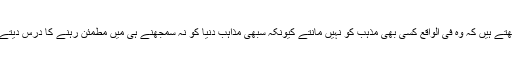
وہ لکھتے ہیں کہ وہ فی الواقع کسی بھی مذہب کو نہیں مانتے کیونکہ سبھی مذاہب دنیا کو نہ سمجھنے ہی میں مطمئن رہنے کا درس دیتے ہیں ۔